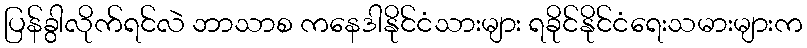
ပြန်ခွါလိုက်ရင်လဲ ဘာသာစ ကနေဒါနိုင်ငံသားများ ရခိုင်နိုင်ငံရေးသမားများက